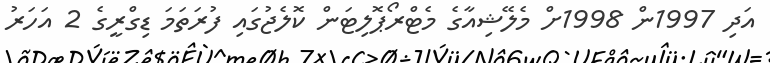
އަދި 1997ން 1998ށް މެލޭޝިއާގެ މެޓްރޯޕޮލިޓަން ކޮލެޖުގައި ފުރަތަމަ ޑިގްރީގެ 2 އަހަރު